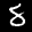
Label: 8